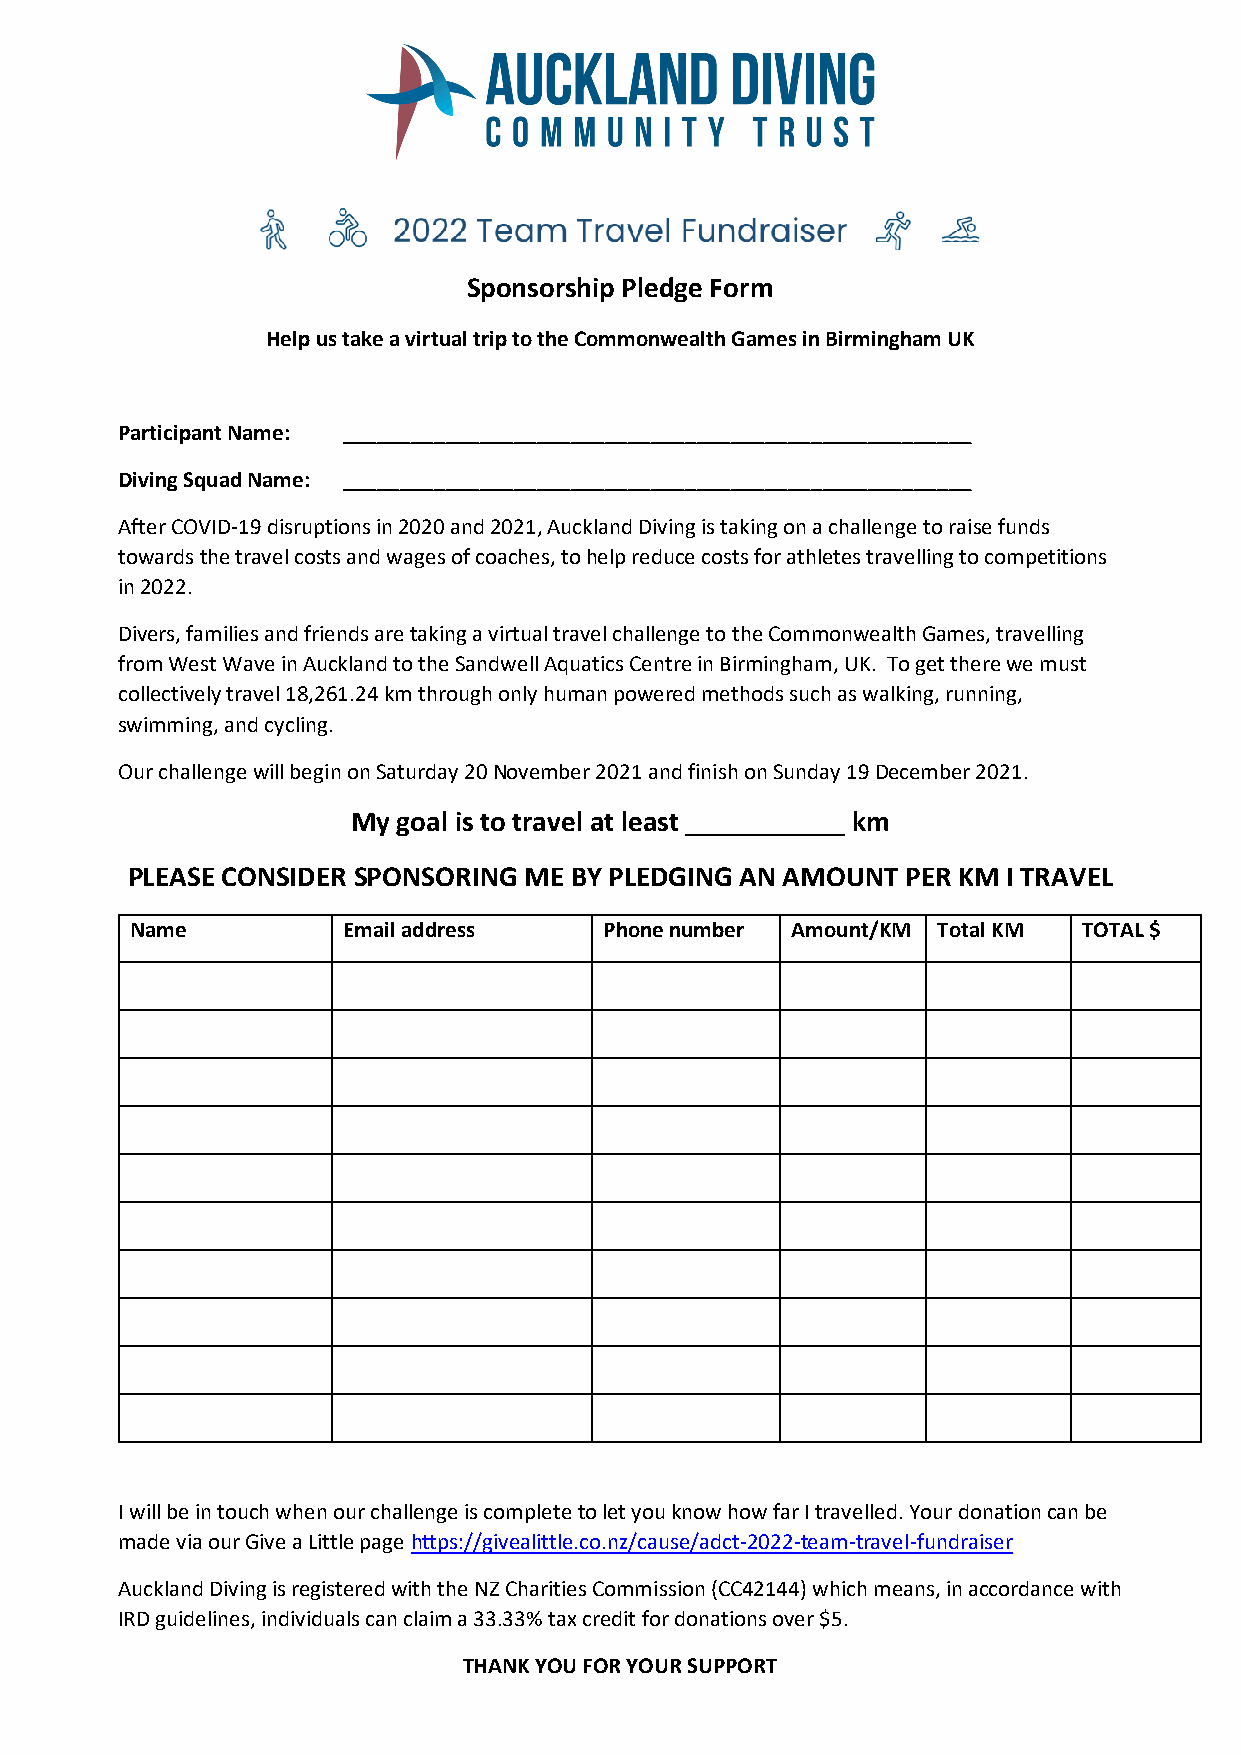
Sponsorship Pledge Form
 Help us take a virtual trip to the Commonwealth Games in Birmingham UK
 Participant Name: _______________________________________________________
 Diving Squad Name: _______________________________________________________
 After COVID-19 disruptions in 2020 and 2021, Auckland Diving is taking on a challenge to raise funds
 towards the travel costs and wages of coaches, to help reduce costs for athletes travelling to competitions
 in 2022.
 Divers, families and friends are taking a virtual travel challenge to the Commonwealth Games, travelling
 from West Wave in Auckland to the Sandwell Aquatics Centre in Birmingham, UK. To get there we must
 collectively travel 18,261.24 km through only human powered methods such as walking, running,
 swimming, and cycling.
 Our challenge will begin on Saturday 20 November 2021 and finish on Sunday 19 December 2021.
 My goal is to travel at least ___________ km
 PLEASE CONSIDER SPONSORING ME BY PLEDGING AN AMOUNT PER KM I TRAVEL
 Name          Email address    Phone number Amount/KM Total KM TOTAL $
 I will be in touch when our challenge is complete to let you know how far I travelled. Your donation can be
 made via our Give a Little page https://givealittle.co.nz/cause/adct-2022-team-travel-fundraiser
 Auckland Diving is registered with the NZ Charities Commission (CC42144) which means, in accordance with
 IRD guidelines, individuals can claim a 33.33% tax credit for donations over $5.
 THANK YOU FOR YOUR SUPPORT